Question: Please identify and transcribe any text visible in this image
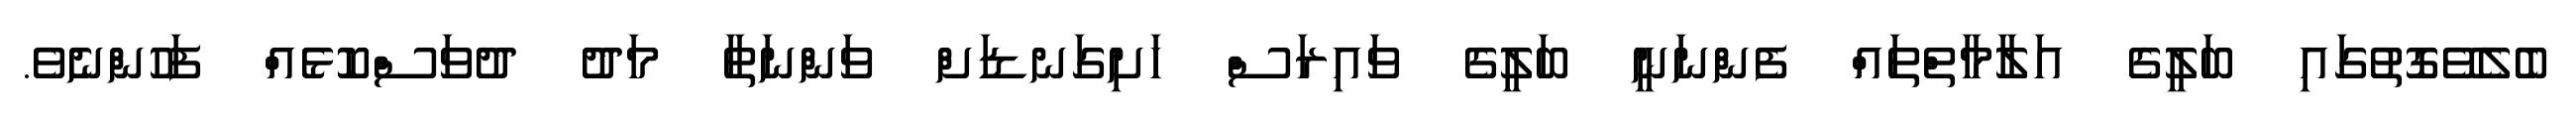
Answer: ބެލެވޭގޮތުގައި ބަލީގެ އަލާމާތްތައް ފެންނަނީ ބަލީގެ ވައިރަސް ހަށިގަނޑަށް ވަންނަތާ މަދު ދުވަސްކޮޅެއް ފަހުންނެވެ.